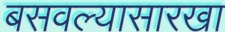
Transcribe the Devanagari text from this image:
बसवल्यासारखा